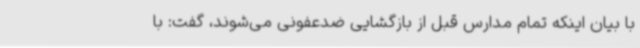
با بیان اینکه تمام مدارس قبل از بازگشایی ضدعفونی می‌شوند، گفت: با